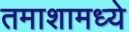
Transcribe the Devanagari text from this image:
तमाशामध्ये